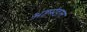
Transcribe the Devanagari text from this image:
अष्टमंडल